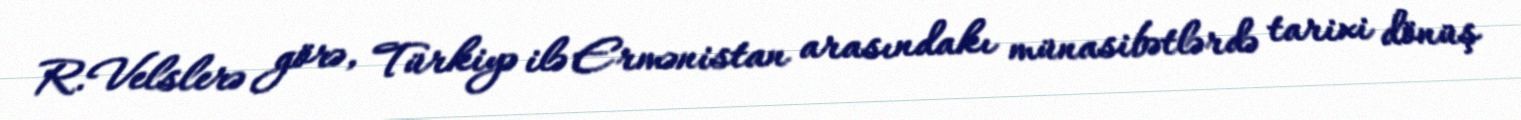
R.Velslerə görə, Türkiyə ilə Ermənistan arasındakı münasibətlərdə tarixi dönüş